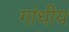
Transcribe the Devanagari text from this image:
गांधीय